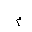
Letter: _mim